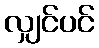
လျှင်ပင်